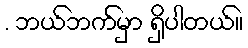
. ဘယ်ဘက်မှာ ရှိပါတယ်။